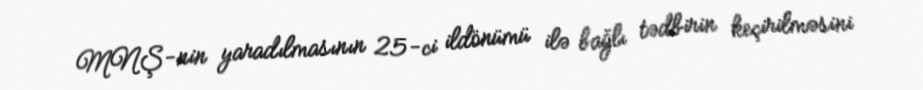
MNŞ-nin yaradılmasının 25-ci ildönümü ilə bağlı tədbirin keçirilməsini